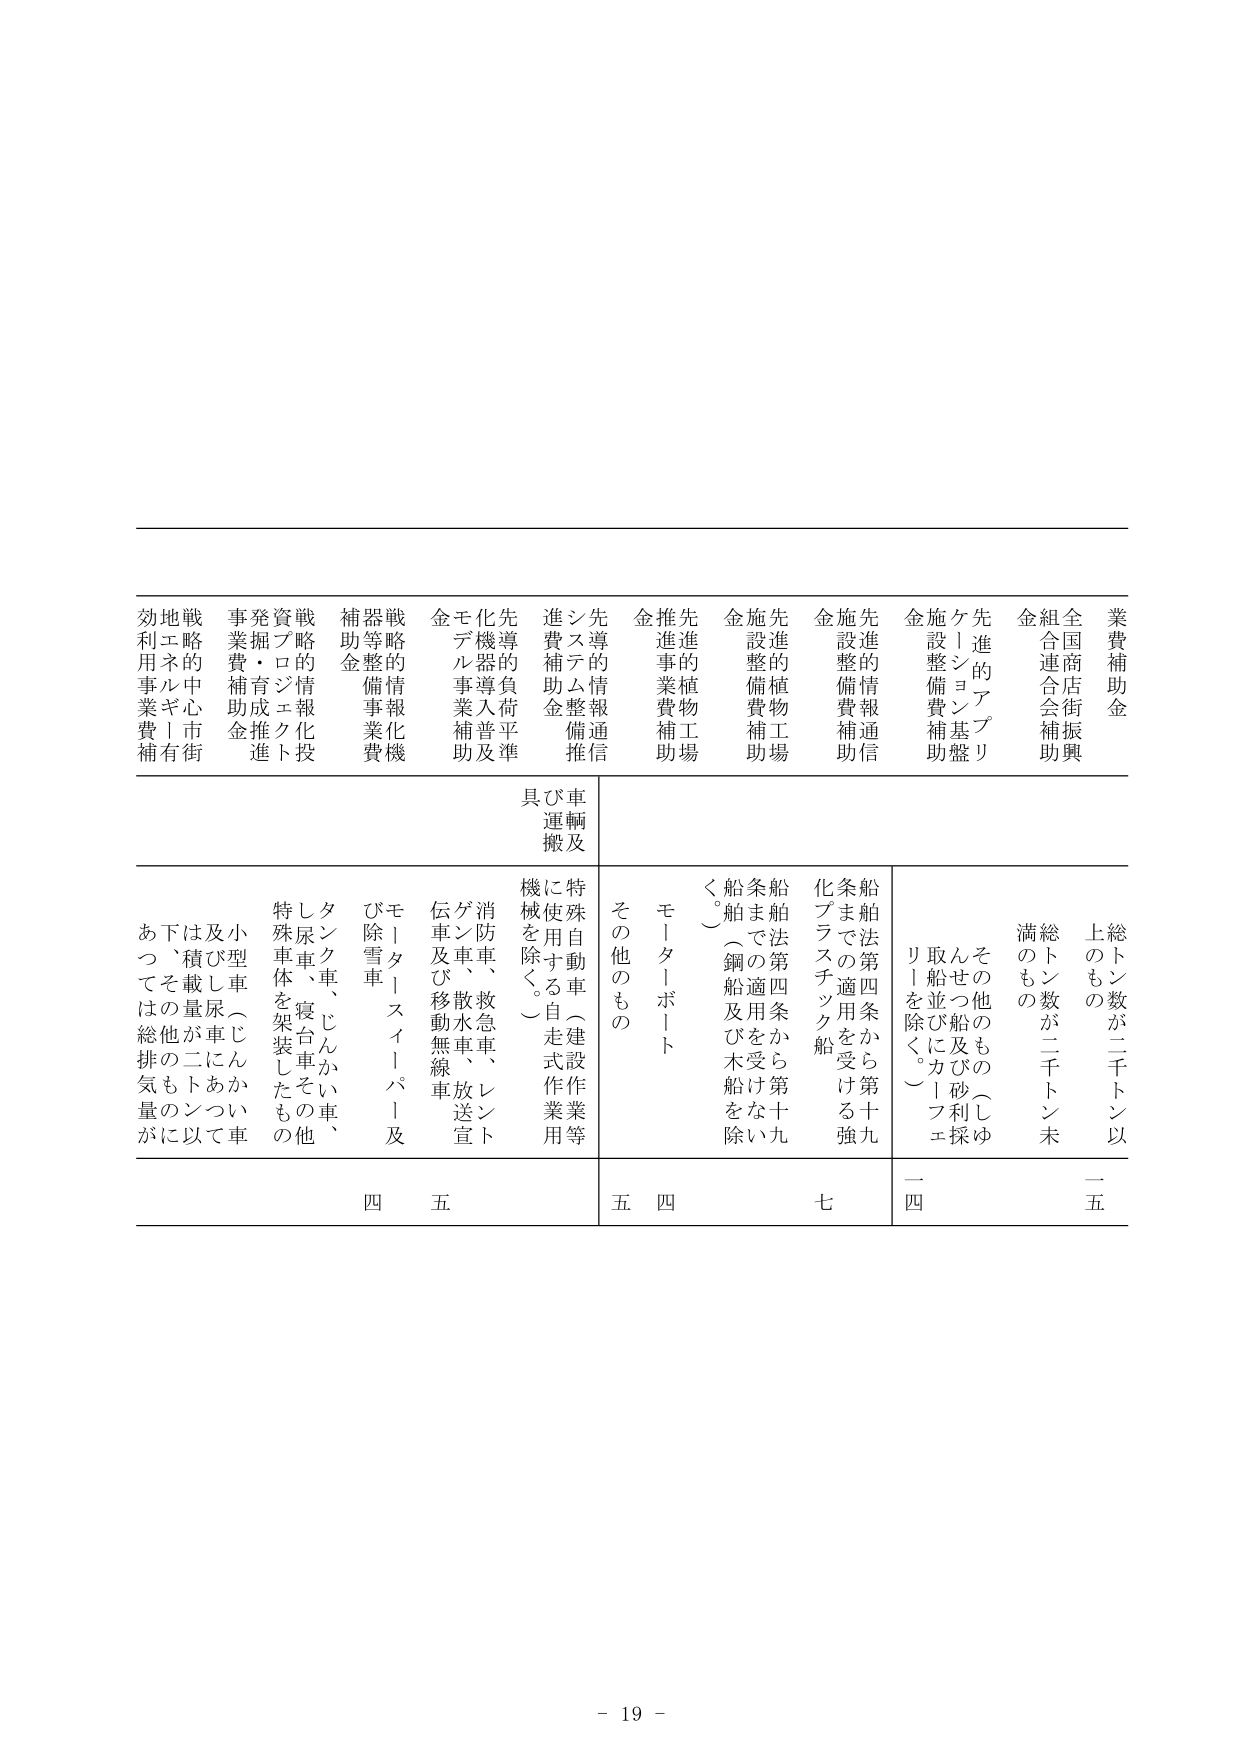
業費補助金
全国商店街振興
組合連合会補助
金
先進的アプリ
ケーション基盤
施設整備費補助
金
先進的情報通信
施設整備費補助
金
先進的植物工場
施設整備費補助
金
先進的植物工場
推進事業費補助
金
先導的情報通信
システム整備補
進費補助金
先導的負荷平準
化機器導入普及
金
モデル事業補助
戦略的情報化機
器等整備事業費
補助金
戦略的情報化技
資プロジエクト
発掘・育成推進
事業費補助金
戦略的中心市街
地エネルギー有
効利用事業費補
助
総トン数が二千トン以
上のもの
総トン数が二千トン未
満のもの
その他のもの（しゅ
んせつ船及び砂利採
取船並びにカーフェ
リ―を除く。）
船舶法第四条から第十
九条までの適用を受ける
強化プラスチック船
船舶法第四条から第十
九条までの適用を受
く。）（鋼船及び木船を除
モーターボート
その他のもの
車輌及び
具運搬
特殊自動車（建設作業等
に使用する自走式作業用
機械を除く。）
消防車、救急車、レント
ゲン車、散水車、放送宣
伝車及び移動無線車
モータースイーパー及
び除雪車
タンク車、じんかい車、
し尿車、寝台車その他
特殊車体を架装したもの
小型車（じんかい車
及び尿車について
積載量が二トン以
下、その他ものに
あつては総排気量が
四
五
五
四
七
一四
一五
- 19 -